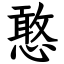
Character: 憨